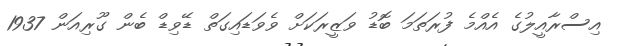
އިސްރާއީލުގެ އެއްމެ ފުރަތަމަ ބޮޑު ވަޒީރަކަށް ވެވަޑައިގަތް ޑޭވިޑް ބެން ގޫރިއަން 1937